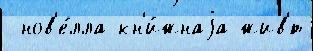
 нов'е́лла кн'и́жнаjа жив'́т